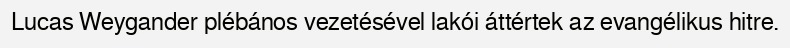
Lucas Weygander plébános vezetésével lakói áttértek az evangélikus hitre.